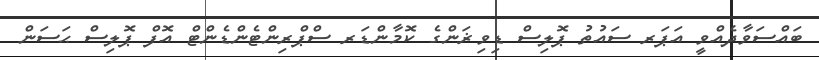
ބައްސަވާދެއްވީ އަޕަރ ސައުތު ޕޮލިސް ޑިވިޜަންގެ ކޮމާންޑަރ ސްޕްރިންޓެންޑެންޓް އޮފް ޕޮލިސް ޙަސަން